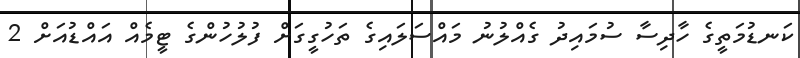
ކަނޑުމަތީގެ ހާދިސާ ސުމައިދު ގެއްލުނު މައްސަލައިގެ ތަހުގީގަށް ފުލުހުންގެ ޓީމެއް އައްޑުއަށް 2